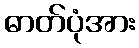
ဓာတ်ပုံအား